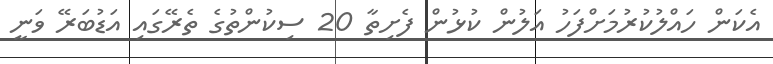
އެކަން ހައްލުކުރުމަށްފަހު އަލުން ކުޅުން ފެށިތާ 20 ސިކުންތުގެ ތެރޭގައި އަޑުބަރޭ ވަނީ